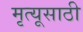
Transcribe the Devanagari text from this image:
मृत्यूसाठी